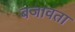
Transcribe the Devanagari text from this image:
बजावता